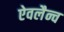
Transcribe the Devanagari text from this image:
ऐवलैन्च